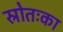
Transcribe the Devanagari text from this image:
स्रोतःका